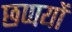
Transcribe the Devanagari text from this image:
छप्पयों